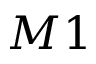
M 1